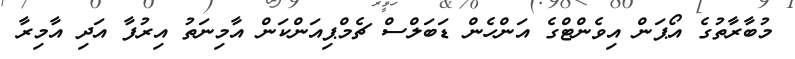
މުބާރާތުގެ އޯޕަން އިވެންޓްގެ އަންހެން ޑަބަލްސް ޗެމްޕިއަންކަން އާމިނަތު އިރުފާ އަދި އާމިރާ